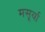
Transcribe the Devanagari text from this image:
मसूर्या